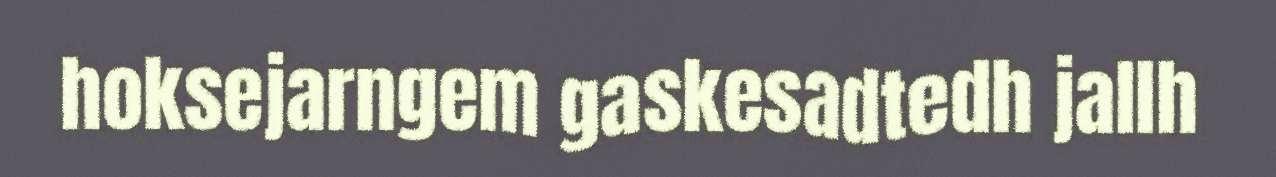
hoksejarngem gaskesadtedh jallh